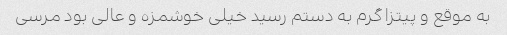
به موقع و پیتزا گرم به دستم رسید خیلی خوشمزه و عالی بود مرسی